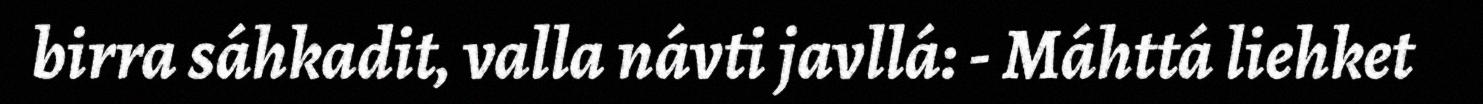
birra sáhkadit, valla návti javllá: - Máhttá liehket